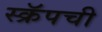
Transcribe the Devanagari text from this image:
स्क्रॅपची